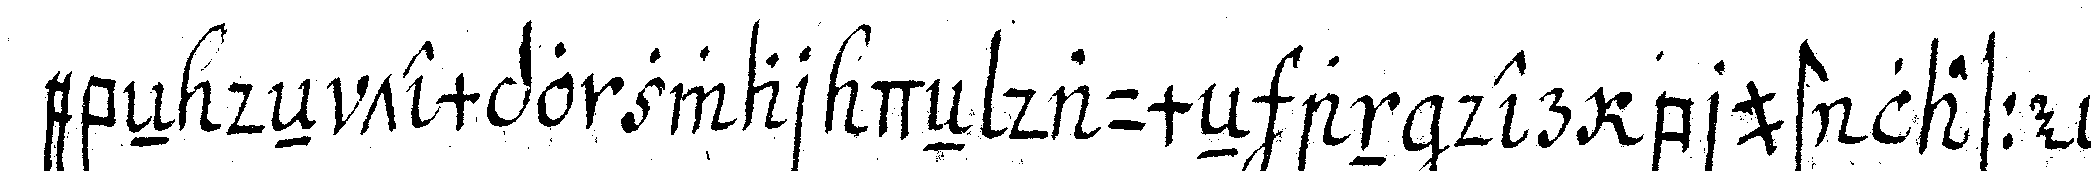
ebeN deN tempo zwar deN daumeN an der brust lasse